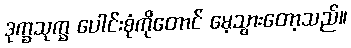
ဒုက္ခသုက္ခ ပေါင်းစုံကိုတောင် မေ့သွားတော့သည်။